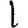
Digit: 1